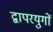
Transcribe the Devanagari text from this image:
द्वापरयुगों